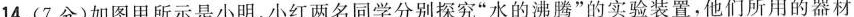
14.(7分)如图甲所示是小明、小红两名同学分别探究”水的沸腾”的实验装置，他们所用的器材